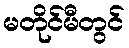
မတိုင်မီတွင်